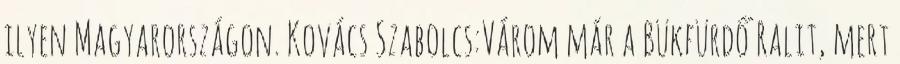
ilyen Magyarországon. Kovács Szabolcs:Várom már a Bükfürdő Ralit, mert